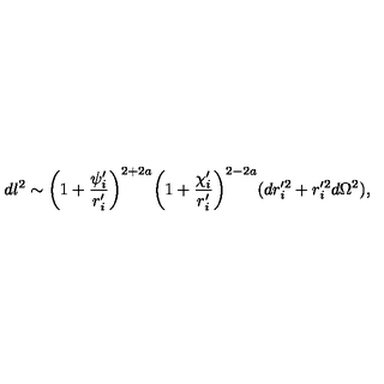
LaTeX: d l ^ { 2 } \sim \biggl ( 1 + \frac { \psi _ { i } ^ { \prime } } { r _ { i } ^ { \prime } } \biggr ) ^ { 2 + 2 a } \biggl ( 1 + \frac { \chi _ { i } ^ { \prime } } { r _ { i } ^ { \prime } } \biggr ) ^ { 2 - 2 a } ( d r _ { i } ^ { \prime 2 } + r _ { i } ^ { \prime 2 } d \Omega ^ { 2 } ) ,